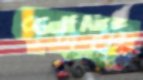
পদক